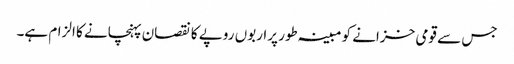
جس سے قومی خزانے کو مبینہ طور پراربوں روپے کا نقصان پہنچانے کا الزام ہے۔